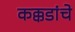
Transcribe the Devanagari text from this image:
कक्कडांचे